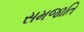
સમજાતિ